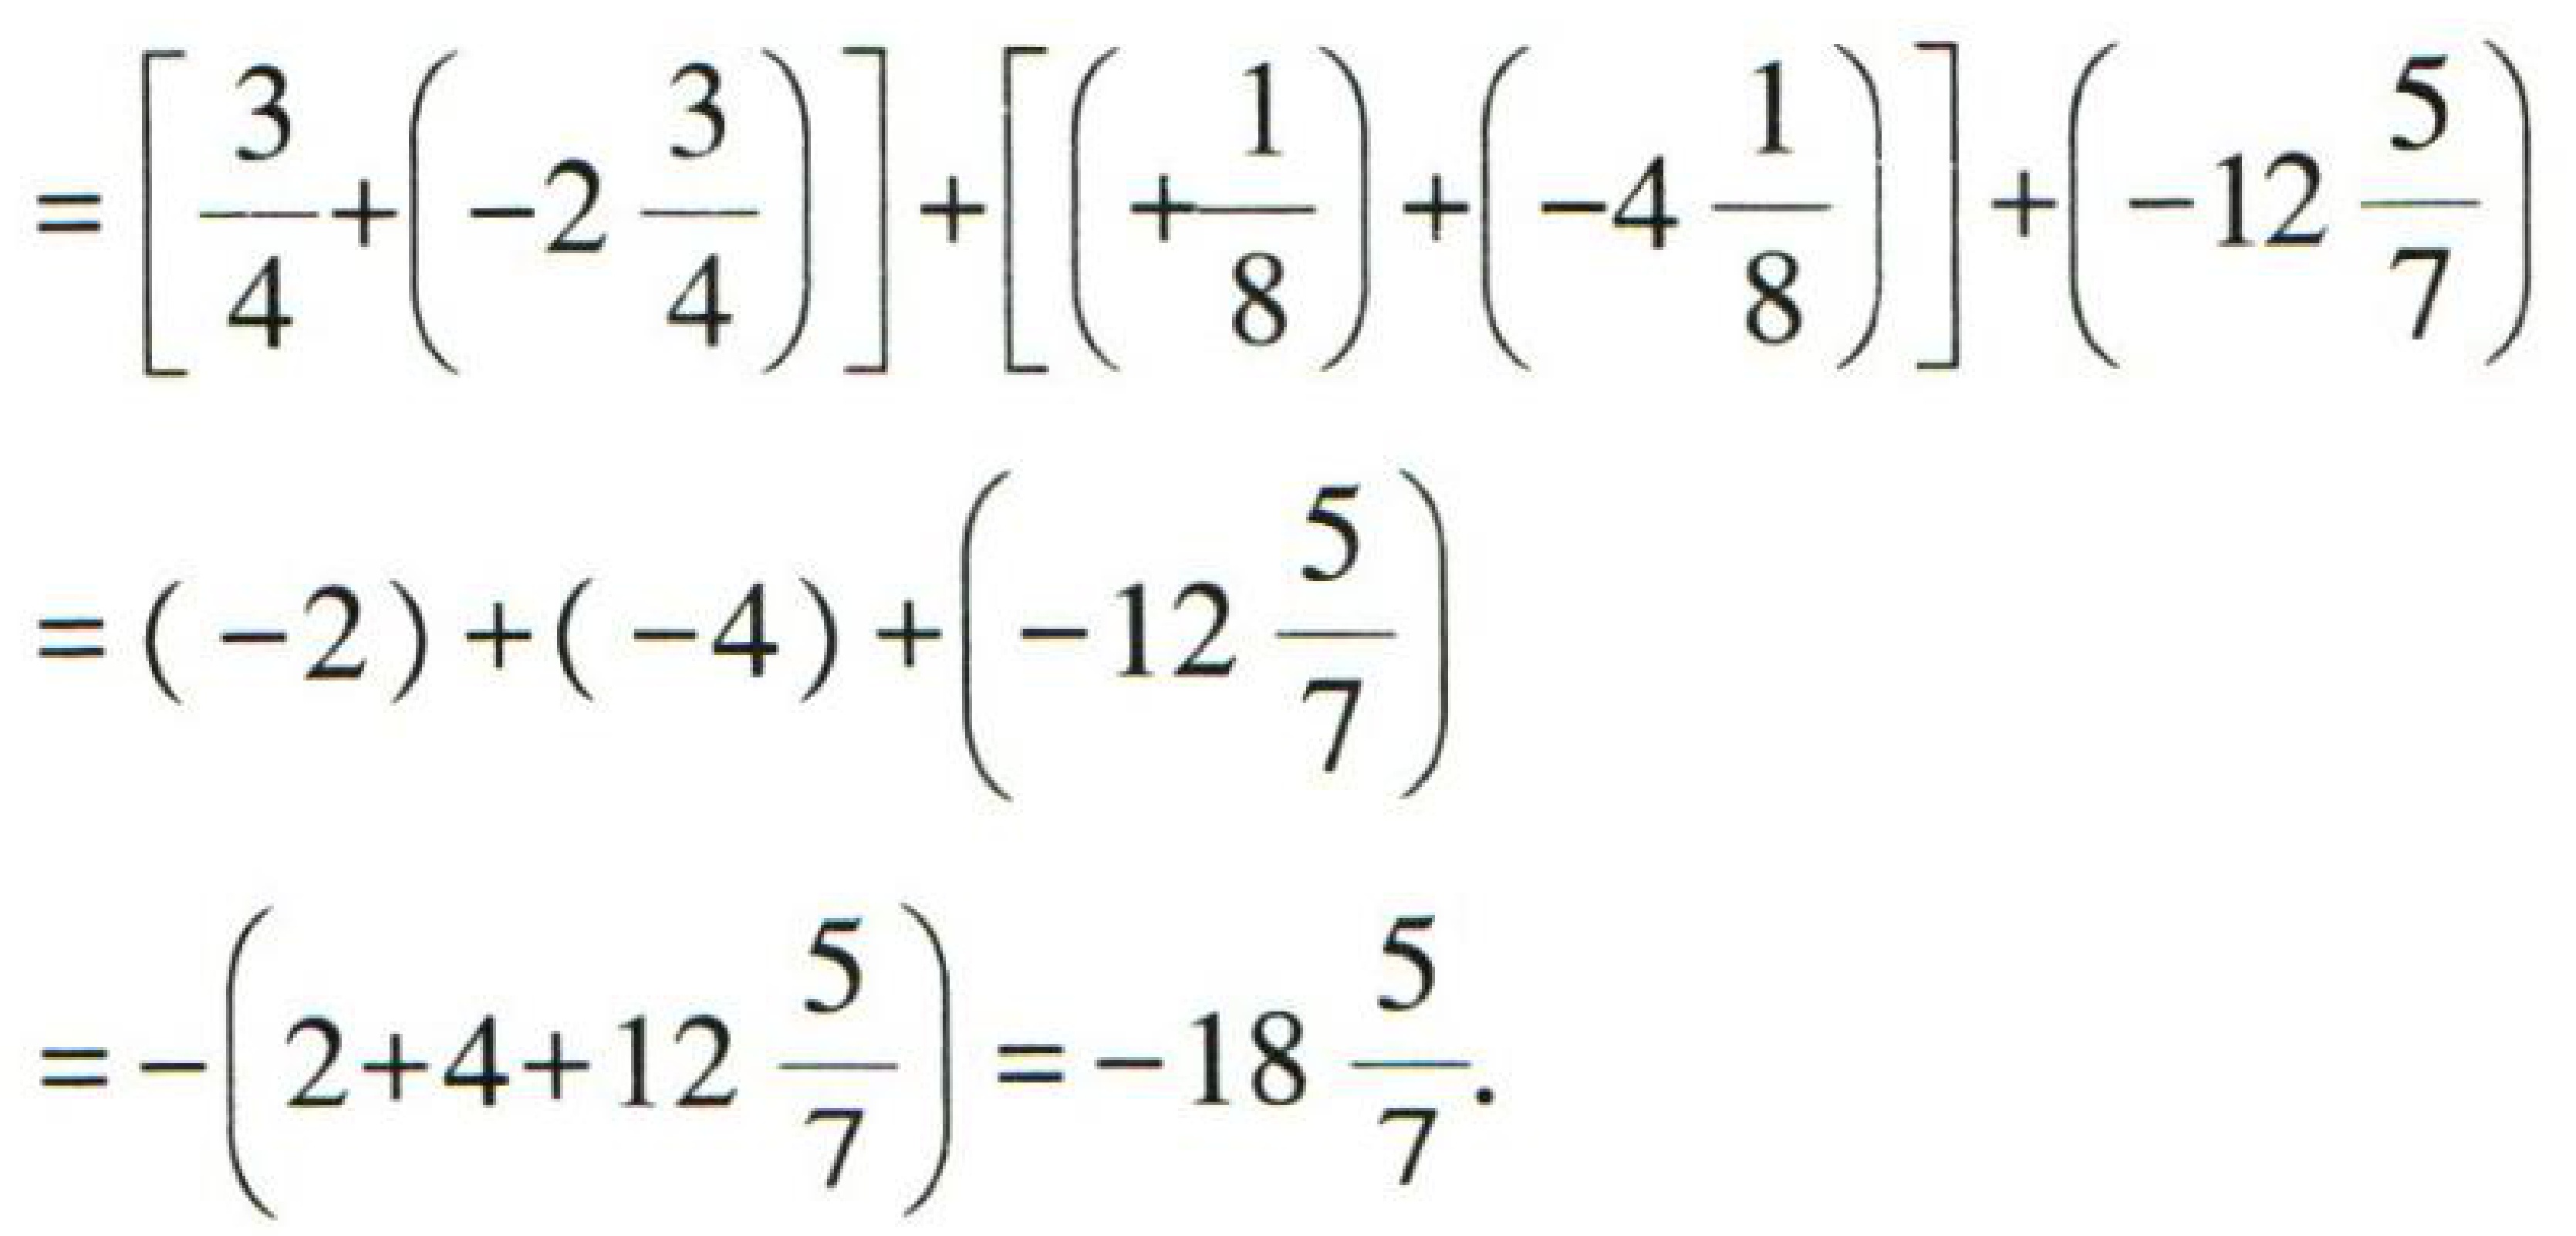
\[
\begin{align*}
&=\left[\frac{3}{4}+\left(-2\frac{3}{4}\right)\right]+\left[\left(+\frac{1}{8}\right)+\left(-4\frac{1}{8}\right)\right]+\left(-12\frac{5}{7}\right)\\
&=(-2)+(-4)+\left(-12\frac{5}{7}\right)\\
&=-\left(2 + 4+12\frac{5}{7}\right)=-18\frac{5}{7}
\end{align*}
\]